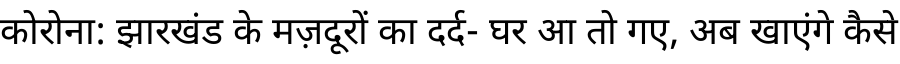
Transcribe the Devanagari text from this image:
कोरोना: झारखंड के मज़दूरों का दर्द- घर आ तो गए, अब खाएंगे कैसे